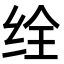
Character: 𬘥